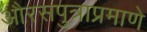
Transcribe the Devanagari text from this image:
औरसपुत्राप्रमाणे